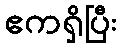
ဧကရှိပြီး